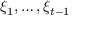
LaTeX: \xi _ { 1 } , \dots , \xi _ { t - 1 }